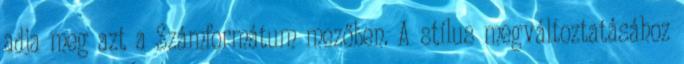
adja meg azt a Számformátum mezőben. A stílus megváltoztatásához